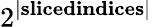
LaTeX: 2^{|\textbf{slicedindices}|}